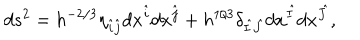
LaTeX: d s ^ { 2 } = h ^ { - 2 / 3 } \eta _ { \hat { i } \hat { j } } d x ^ { \hat { i } } d x ^ { \hat { j } } + h ^ { 1 / 3 } \delta _ { \hat { I } \hat { J } } d x ^ { \hat { I } } d x ^ { \hat { J } } ,